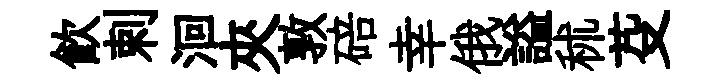
飮剌洄夾敦碚幸俄謚秫芟